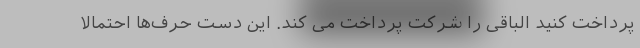
پرداخت کنید الباقی را شرکت پرداخت می کند. این دست حرف‌ها احتمالا